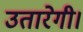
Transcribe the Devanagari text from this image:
उतारेगी।